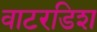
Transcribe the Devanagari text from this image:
वाटरडिश